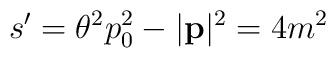
s'=\theta ^{2}p^{2}_{0}-|\mathbf{p}|^{2}=4m^{2}